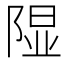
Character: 𫠃